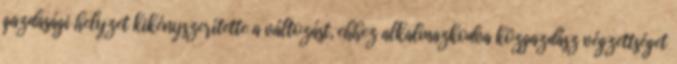
gazdasági helyzet kikényszerítette a változást, ehhez alkalmazkodva közgazdász végzettséget